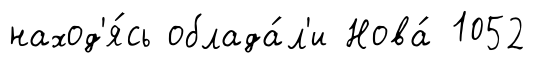
наход'я́сь облада́л'и Нова́ 1052